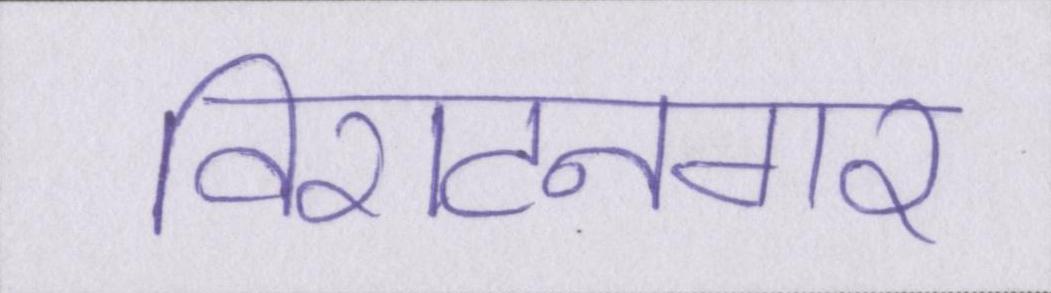
विराटनगर